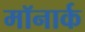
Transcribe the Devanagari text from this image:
मॉनार्क